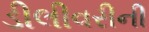
ડીલીવરીની